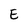
Character: E